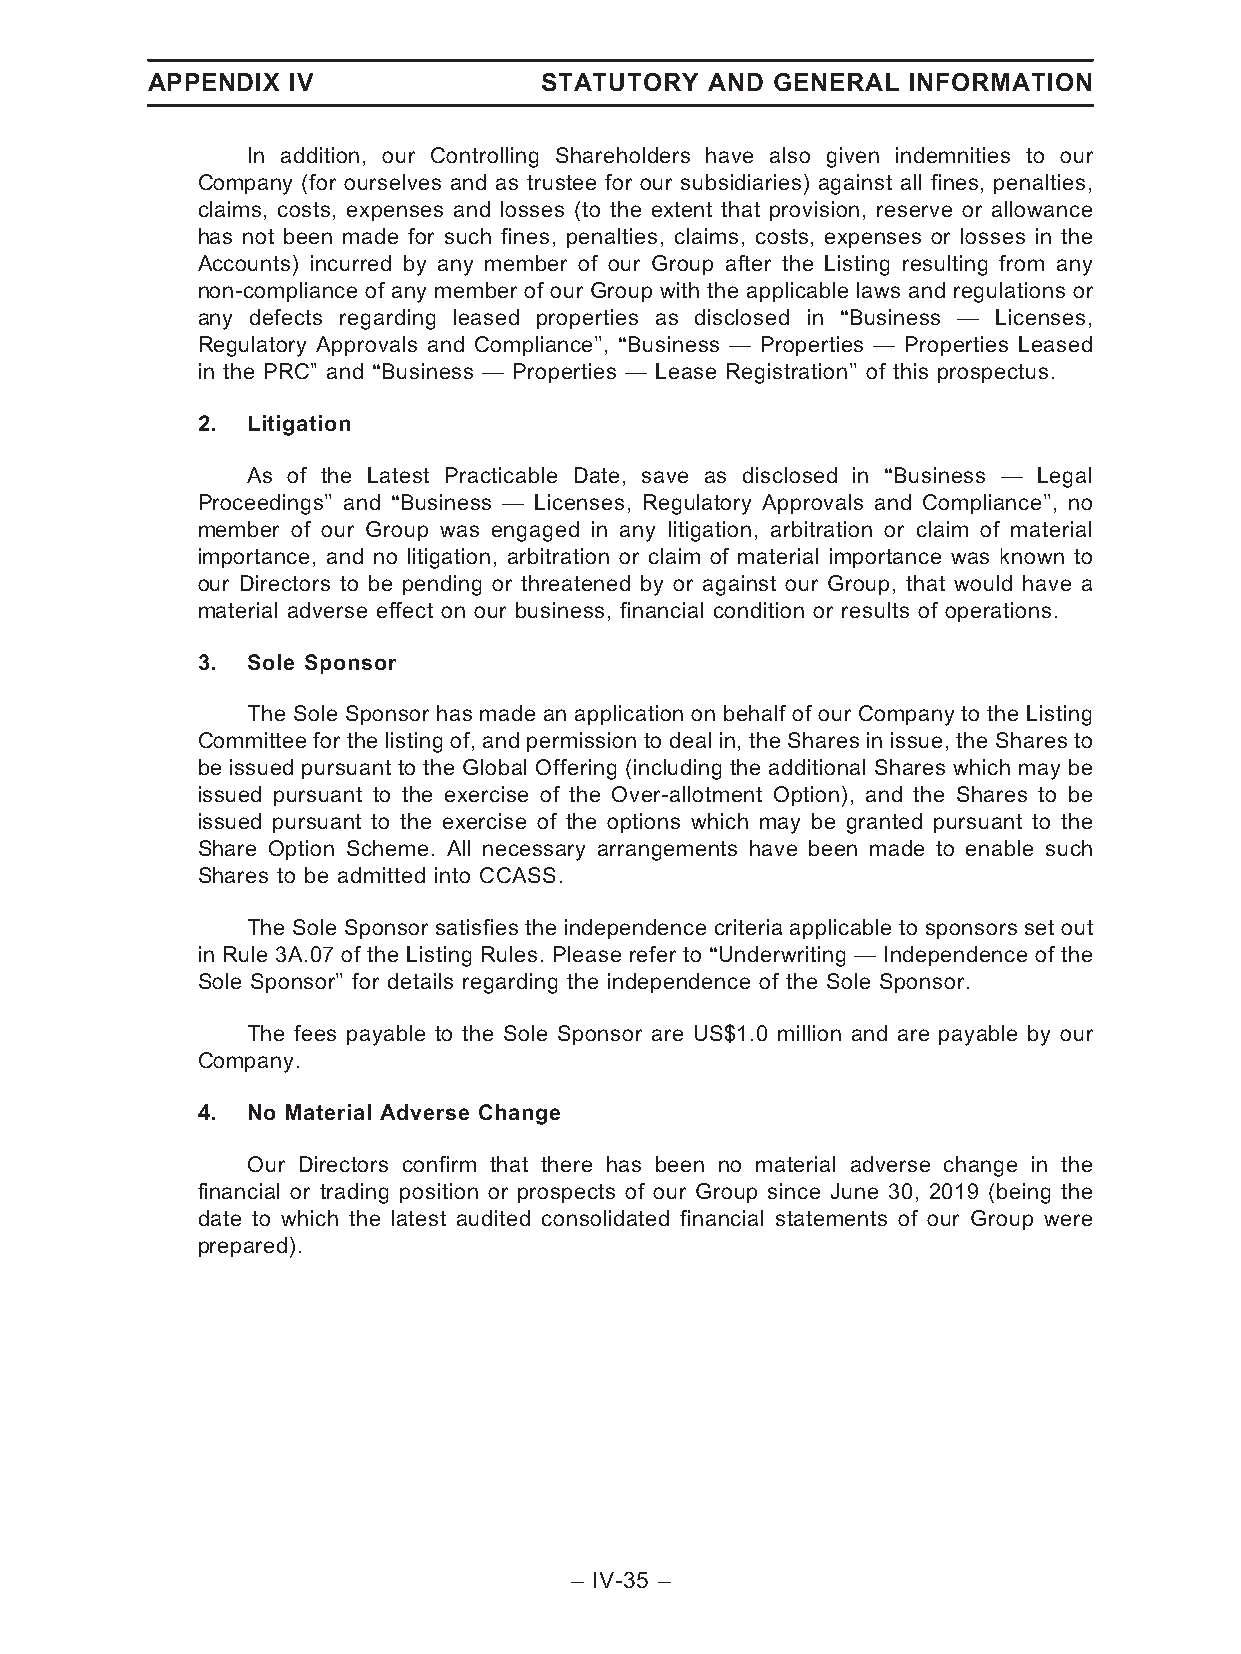
APPENDIX IV               STATUTORY  AND GENERAL  INFORMATION
 In addition, our Controlling Shareholders have also given indemnities to our
 Company (for ourselves and as trustee for our subsidiaries) against all fines, penalties,
 claims, costs, expenses and losses (to the extent that provision, reserve or allowance
 has not been made for such fines, penalties, claims, costs, expenses or losses in the
 Accounts) incurred by any member of our Group after the Listing resulting from any
 non-compliance of any member of our Group with the applicable laws and regulations or
 any defects regarding leased properties as disclosed in ‘‘Business — Licenses,
 Regulatory Approvals and Compliance’’, ‘‘Business — Properties — Properties Leased
 in the PRC’’ and ‘‘Business — Properties — Lease Registration’’ of this prospectus.
 2. Litigation
 As of the Latest Practicable Date, save as disclosed in ‘‘Business — Legal
 Proceedings’’ and ‘‘Business — Licenses, Regulatory Approvals and Compliance’’, no
 member of our Group was engaged in any litigation, arbitration or claim of material
 importance, and no litigation, arbitration or claim of material importance was known to
 our Directors to be pending or threatened by or against our Group, that would have a
 material adverse effect on our business, financial condition or results of operations.
 3. Sole Sponsor
 The Sole Sponsor has made an application on behalf of our Company to the Listing
 Committee for the listing of, and permission to deal in, the Shares in issue, the Shares to
 be issued pursuant to the Global Offering (including the additional Shares which may be
 issued pursuant to the exercise of the Over-allotment Option), and the Shares to be
 issued pursuant to the exercise of the options which may be granted pursuant to the
 Share Option Scheme. All necessary arrangements have been made to enable such
 Shares to be admitted into CCASS.
 The Sole Sponsor satisfies the independence criteria applicable to sponsors set out
 in Rule 3A.07 of the Listing Rules. Please refer to ‘‘Underwriting — Independence of the
 Sole Sponsor’’ for details regarding the independence of the Sole Sponsor.
 The fees payable to the Sole Sponsor are US$1.0 million and are payable by our
 Company.
 4. No Material Adverse Change
 Our Directors confirm that there has been no material adverse change in the
 financial or trading position or prospects of our Group since June 30, 2019 (being the
 date to which the latest audited consolidated financial statements of our Group were
 prepared).
 – IV-35 –